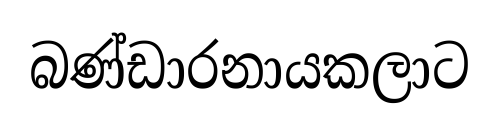
බණ්ඩාරනායකලාට